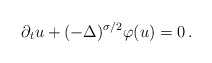
\begin{align*} \partial_tu+(-\Delta)^{\sigma/2}\varphi(u)=0 \,.\end{align*}